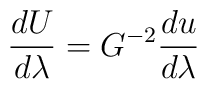
{{dU} \over {d\lambda}} = G^{-2} {{du} \over {d\lambda}}